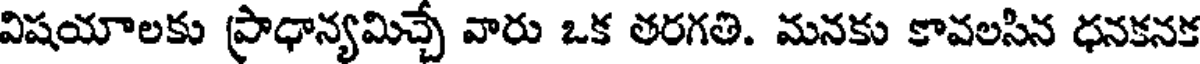
విషయాలకు (ప్రాధాన్యమిచ్చే వారు ఒక తరగతి. మనకు కావలసిన ధనకనక